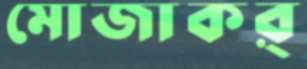
মোজাকর্